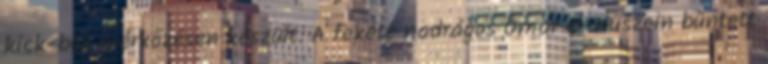
kick-box mérkőzésen készült. A fekete nadrágos Omár el-Huszein büntett